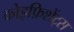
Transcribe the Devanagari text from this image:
कोइफ़िशेंट्स